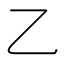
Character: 乙